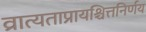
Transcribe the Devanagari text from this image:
व्रात्यताप्रायश्चित्तनिर्णय